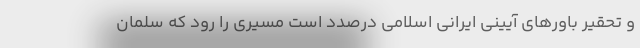
و تحقیر باورهای آیینی ایرانی اسلامی درصدد است مسیری را رود که سلمان